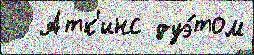
  Атк'инс дуэ́том